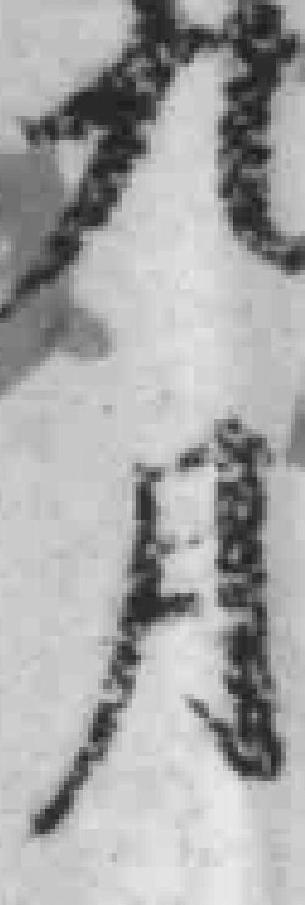
九月